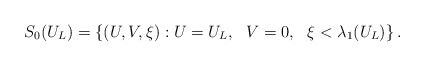
\begin{align*}S_0(U_L)=\{(U,V,\xi): U=U_L, \ \ V=0, \ \ \xi< \lambda_1(U_L)\}\,.\end{align*}